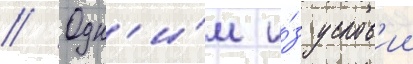
// Одн'и́м и́з услов'ии